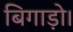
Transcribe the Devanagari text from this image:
बिगाड़ो।